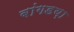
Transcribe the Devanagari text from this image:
बांगडय़ा